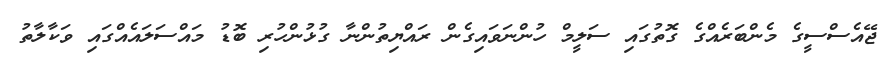
ޖޭއެސްސީގެ މެންބަރެއްގެ ގޮތުގައި ސަލީމް ހުންނަވައިގެން ރައްޔިތުންނާ ގުޅުންހުރި ބޮޑު މައްސަލައެއްގައި ވަކާލާތު